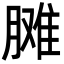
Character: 𦟗